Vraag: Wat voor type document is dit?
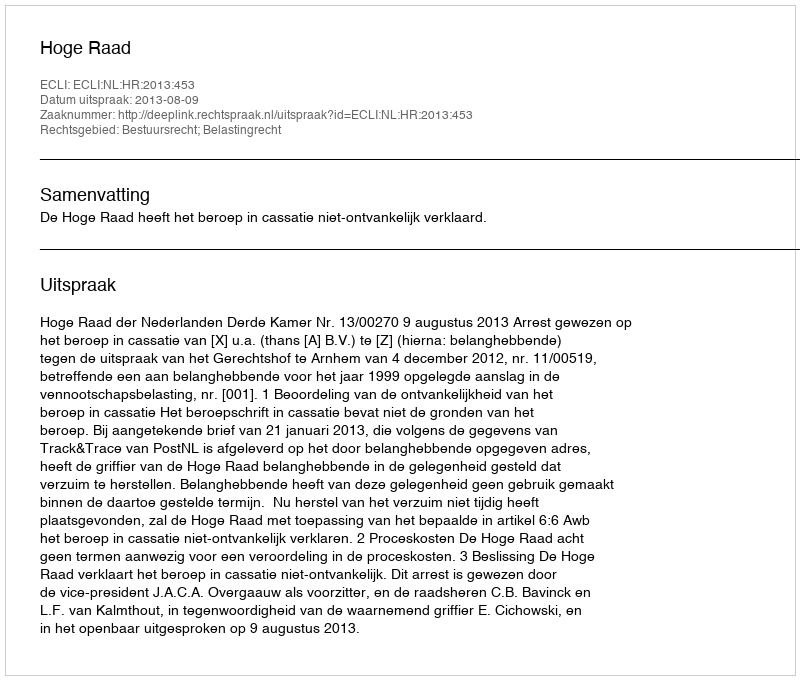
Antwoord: Uitspraak